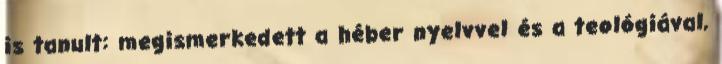
is tanult: megismerkedett a héber nyelvvel és a teológiával,